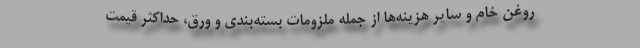
روغن خام و سایر هزینه‌ها از جمله ملزومات بسته‌بندی و ورق، حداکثر قیمت